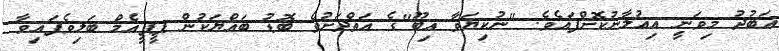
އަބުދު މިވަނީ އިއުލާނުކޮށްފައެވެ. "ނުކިޔަވާ އިބޫ"ގެ އަތްދަށުވެ ބޮޑު ބައްޔަކުން ޕީޕީއެމް ބަލިވެފައިވާ